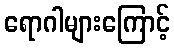
ရောဂါများကြောင့်